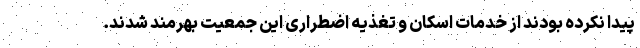
پیدا نکرده بودند از خدمات اسکان و تغذیه اضطراری این جمعیت بهرمند شدند.